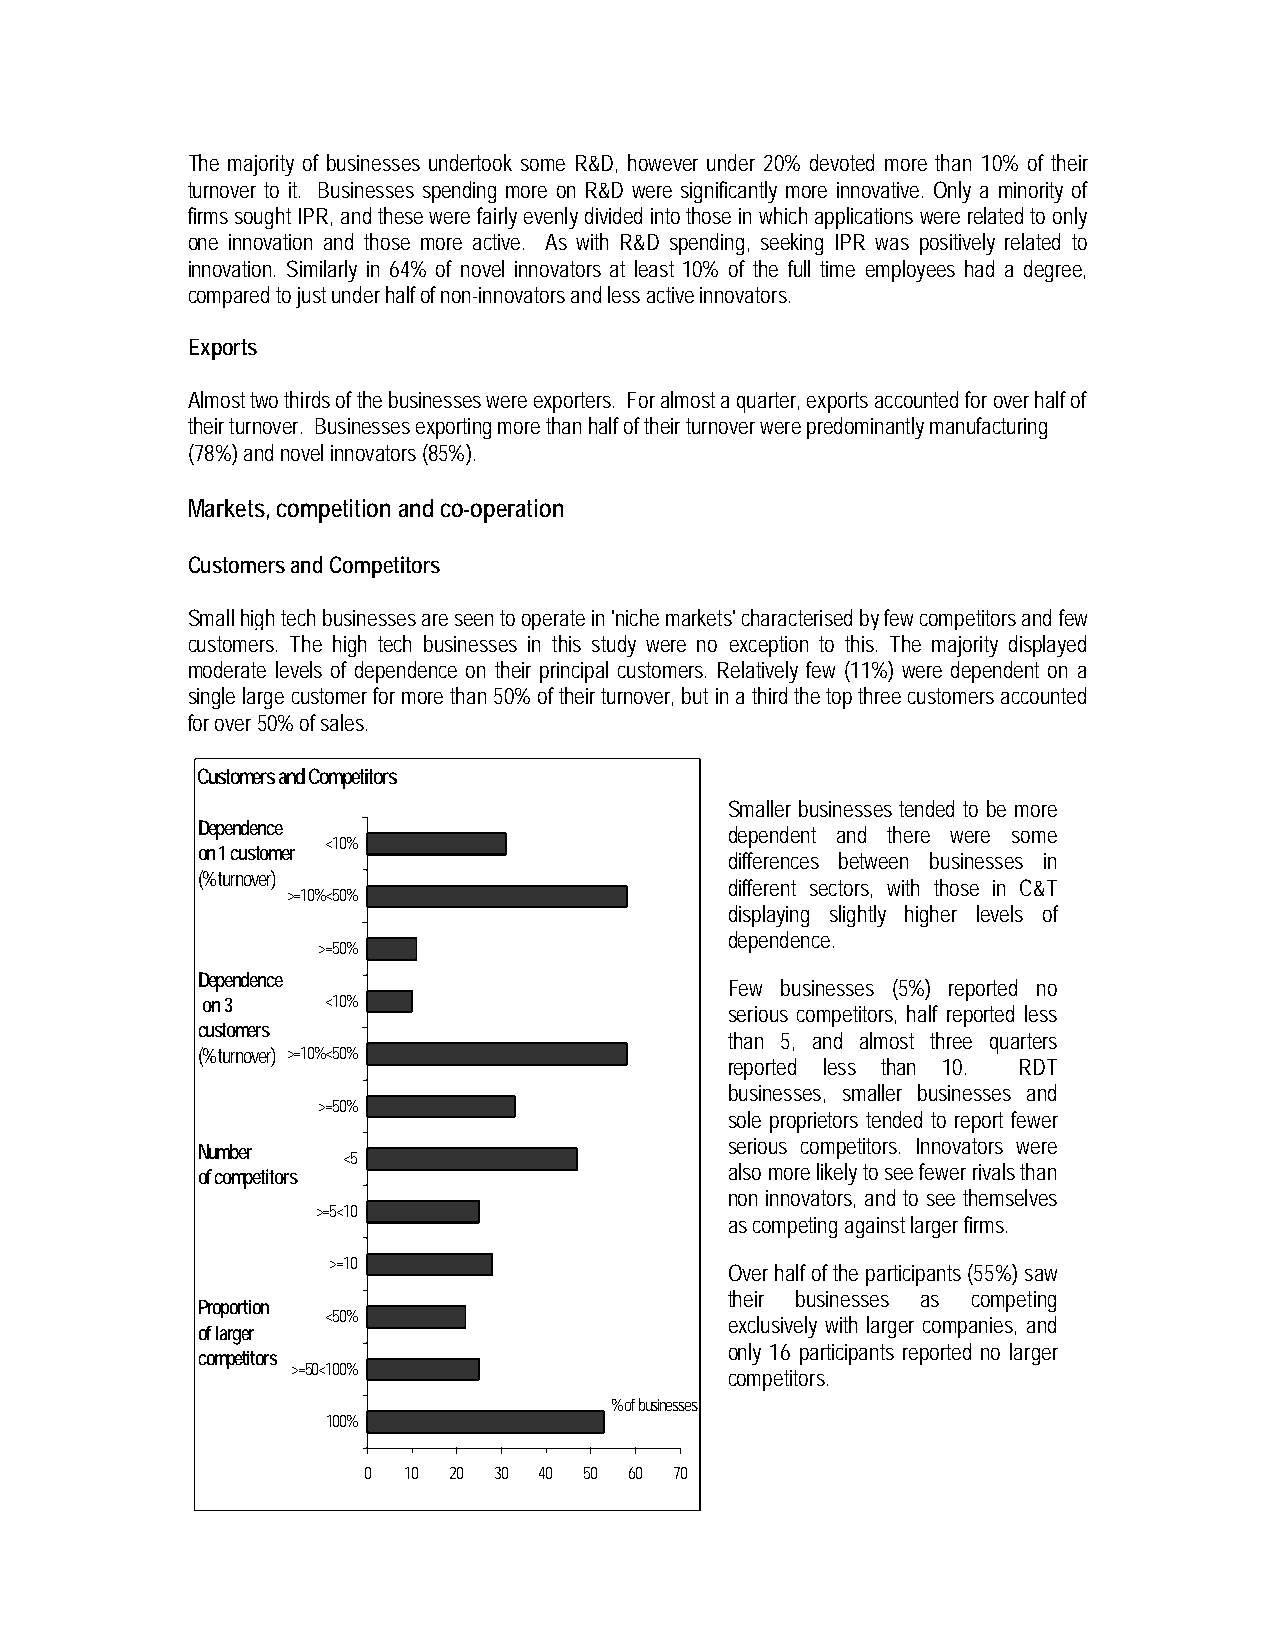
The majority of businesses undertook some R&D, however under 20% devoted more than 10% of their
 turnover to it. Businesses spending more on R&D were significantly more innovative. Only a minority of
 firms sought IPR, and these were fairly evenly divided into those in which applications were related to only
 one innovation and those more active. As with R&D spending, seeking IPR was positively related to
 innovation. Similarly in 64% of novel innovators at least 10% of the full time employees had a degree,
 compared to just under half of non-innovators and less active innovators.
 Exports
 Almost two thirds of the businesses were exporters. For almost a quarter, exports accounted for over half of
 their turnover. Businesses exporting more than half of their turnover were predominantly manufacturing
 (78%) and novel innovators (85%).
 Markets, competition and co-operation
 Customers and Competitors
 Small high tech businesses are seen to operate in 'niche markets' characterised by few competitors and few
 customers. The high tech businesses in this study were no exception to this. The majority displayed
 moderate levels of dependence on their principal customers. Relatively few (11%) were dependent on a
 single large customer for more than 50% of their turnover, but in a third the top three customers accounted
 for over 50% of sales.
 Customers and Competitors
 Smaller businesses tended to be more
 Dependence                         dependent and there were some
 <10%
 on 1 customer
 differences between businesses in
 (% turnover)
 different sectors, with those in C&T
 >=10%<50%
 displaying slightly higher levels of
 dependence.
 >=50%
 Dependence
 Few businesses (5%) reported no
 on 3     <10%
 serious competitors, half reported less
 customers
 than 5, and almost three quarters
 (% turnover) >=10%<50%
 reported less than 10. RDT
 businesses, smaller businesses and
 >=50%
 sole proprietors tended to report fewer
 serious competitors. Innovators were
 Number
 <5
 of competitors                     also more likely to see fewer rivals than
 non innovators, and to see themselves
 >=5<10
 as competing against larger firms.
 >=10
 Over half of the participants (55%) saw
 their businesses as competing
 Proportion
 <50%
 exclusively with larger companies, and
 of larger
 only 16 participants reported no larger
 competitors
 >=50<100%
 competitors.
 % of businesses
 100%
 0  10 20 30 40 50 60 70